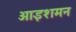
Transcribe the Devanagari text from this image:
आइशमन